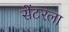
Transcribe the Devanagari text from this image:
सेंटरला